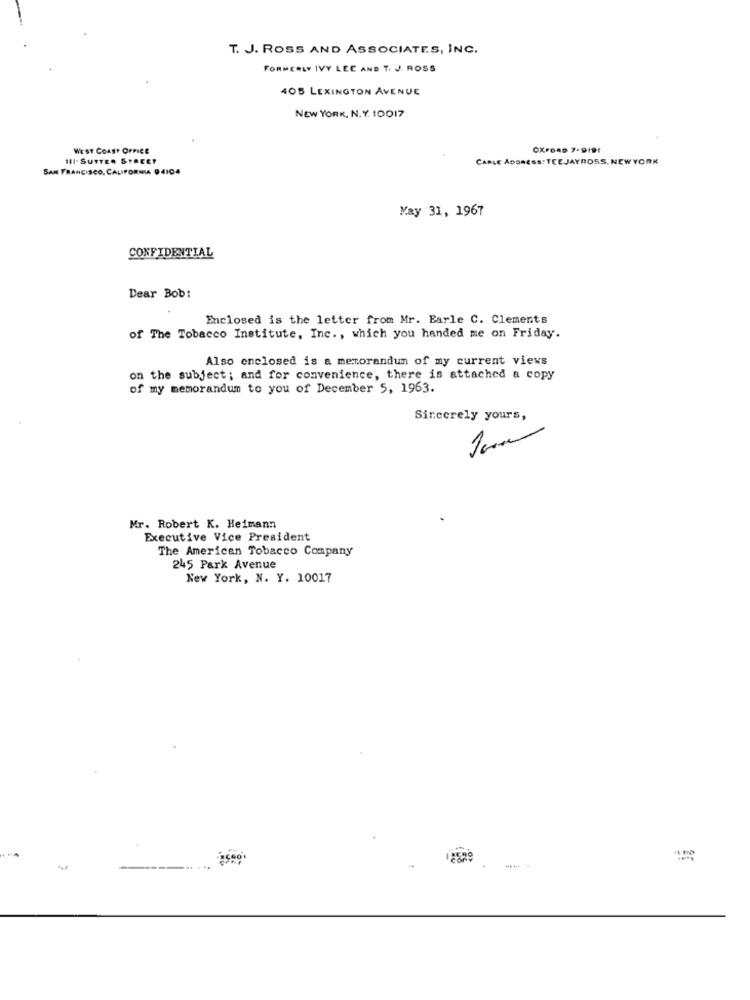
T. J. ROSS AND ASSOCIATES, INC.
FORMERLY IVY LEE AND T. J. ROSS
405 LEXINGTON AVENUE
NEW YORK, N. Y. 10017
WEST COAST OFFICE
OXFORD 7-919!
111.SUTTER STREET
CARLE ADDRESS: TEEJAYROSS, NEW YORK
SAN FRANCISCO, CALIFORNIA 94104
May 31, 1967
CONFIDENTIAL
Dear Bob:
Enclosed is the letter from Mr. Earle C. Clements
of The Tobacco Institute, Inc ., which you handed me on Friday.
Also enclosed is a memorandum of my current views
on the subject ; and for convenience, there is attached & copy
of my memorandum to you of December 5, 1963.
Sincerely yours,
Mr. Robert K. Heimann
Executive Vice President
The American Tobacco Company
245 Park Avenue
New York, N. Y. 10017